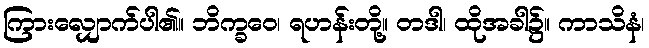
ကြားလျှောက်ပါ၏။ ဘိက္ခဝေ၊ ရဟန်းတို့။ တဒါ၊ ထိုအခါ၌။ ကာသိနံ၊